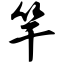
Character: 竿